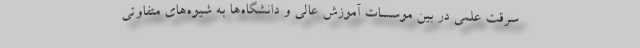
سرقت علمی در بین موسسات آموزش عالی و دانشگاه‌ها به شیوه‌های متفاوتی